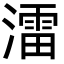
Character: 㵢